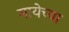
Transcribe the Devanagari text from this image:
मायेच्या